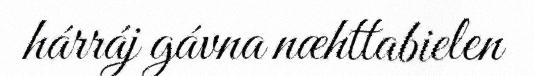
hárráj gávna næhttabielen